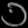
Digit: ၁